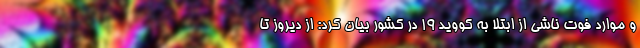
و موارد فوت ناشی از ابتلا به کووید ۱۹ در کشور بیان کرد: از دیروز تا